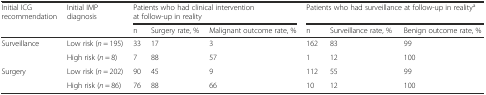
<table><thead><tr><td rowspan="2"><b>Initial ICG recommendation</b></td><td rowspan="2"><b>Initial IMP diagnosis</b></td><td colspan="3"><b>Patients who had clinical intervention at follow-up in reality</b></td><td colspan="3"><b>Patients who had surveillance at follow-up in reality<sup>a</sup></b></td></tr><tr><td><b>n</b></td><td><b>Surgery rate, %</b></td><td><b>Malignant outcome rate, %</b></td><td><b>n</b></td><td><b>Surveillance rate, %</b></td><td><b>Benign outcome rate, %</b></td></tr></thead><tbody><tr><td rowspan="2">Surveillance</td><td>Low risk (<i>n</i> = 195)</td><td>33</td><td>17</td><td>3</td><td>162</td><td>83</td><td>99</td></tr><tr><td>High risk (<i>n</i> = 8)</td><td>7</td><td>88</td><td>57</td><td>1</td><td>12</td><td>100</td></tr><tr><td rowspan="2">Surgery</td><td>Low risk (<i>n</i> = 202)</td><td>90</td><td>45</td><td>9</td><td>112</td><td>55</td><td>99</td></tr><tr><td>High risk (<i>n</i> = 86)</td><td>76</td><td>88</td><td>66</td><td>10</td><td>12</td><td>100</td></tr></tbody></table>